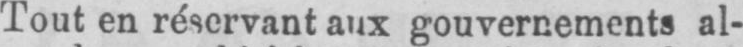
Tout en réservant aux gouvernements al-